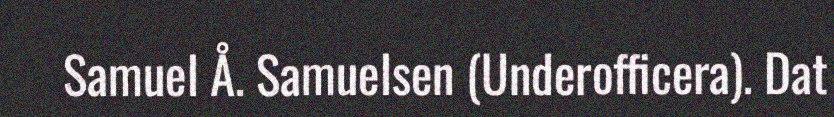
Samuel Å. Samuelsen (Underofficera). Dat